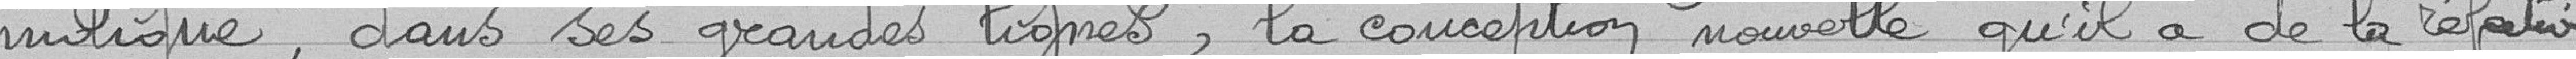
indique, dans ses grandes lignes, la conception nouvelle qu'il a de la réfection